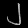
Digit: ၂